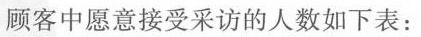
顾客中愿意接受采访的人数如下表：